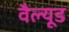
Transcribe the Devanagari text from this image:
वैल्यूड